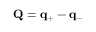
\mathbf { Q } = \mathbf { q } _ { + } - \mathbf { q } _ { - }